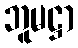
ဘူမဋ္ဌာ